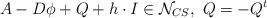
LaTeX: \begin{align*}A -D\phi + Q + h\cdot I\in \mathcal N_{CS}, \ Q = -Q^t\end{align*}